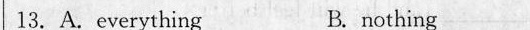
13. A. everything B.nothing